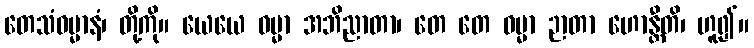
တေသံဓမ္မာနံ၊ တို့ကို။ ယေယေ ဓမ္မာ အဘိညာတာ၊ တေ တေ ဓမ္မာ ဉာတာ ဟောန္တီတိ၊ ဟူ၍။